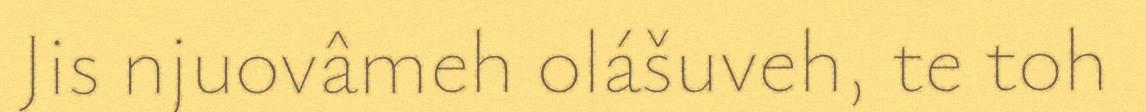
Jis njuovâmeh olášuveh, te toh